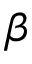
\beta